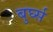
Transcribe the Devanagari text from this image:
बुर्घ्स